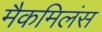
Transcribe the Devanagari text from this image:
मैकमिलंस